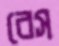
বেস